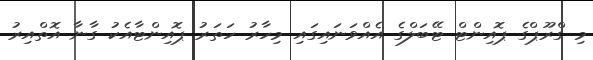
މި ގްރޫޕްގެ ޕޮއިންޓް ޓޭބަލްގެ އެއްވަނައިގައި މިހާރު ހަތަރު ޕޮއިންޓާއެކު ގާނާ އޮތްއިރު